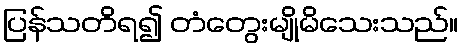
ပြန်သတိရ၍ တံတွေးမျိုမိသေးသည်။